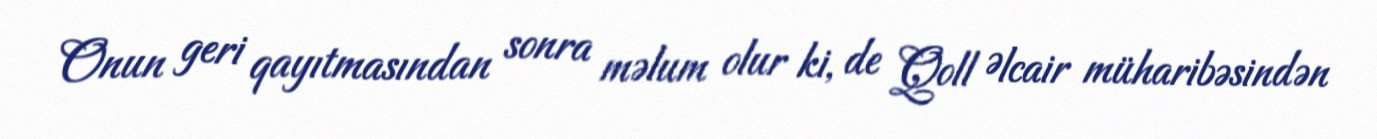
Onun geri qayıtmasından sonra məlum olur ki, de Qoll Əlcair müharibəsindən